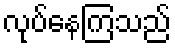
လုပ်နေကြသည်